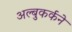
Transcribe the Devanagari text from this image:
अल्बुकर्कने